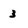
Character: 3